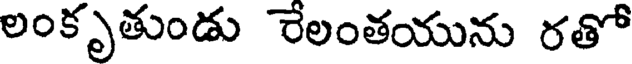
లంకృతుండు రేలంతయును రతో